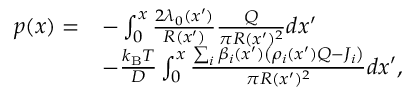
\begin{array} { r l } { p ( x ) = } & { - \int _ { 0 } ^ { x } \frac { 2 \lambda _ { 0 } ( x ^ { \prime } ) } { R ( x ^ { \prime } ) } \frac { Q } { \pi R ( x ^ { \prime } ) ^ { 2 } } d x ^ { \prime } } \\ & { - \frac { k _ { \mathrm { B } } T } { D } \int _ { 0 } ^ { x } \frac { \sum _ { i } \beta _ { i } ( x ^ { \prime } ) \left( \rho _ { i } ( x ^ { \prime } ) Q - J _ { i } \right) } { \pi R ( x ^ { \prime } ) ^ { 2 } } d x ^ { \prime } , } \end{array}